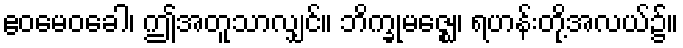
ဧဝမေဝခေါ၊ ဤအတူသာလျှင်။ ဘိက္ခုမဇ္ဈေ၊ ရဟန်းတို့အလယ်၌။